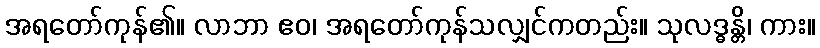
အရတော်ကုန်၏။ လာဘာ ဧဝ၊ အရတော်ကုန်သလျှင်ကတည်း။ သုလဒ္ဓန္တိ၊ ကား။